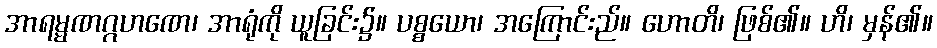
အာရမ္မဏဂ္ဂဟဏေ၊ အာရုံကို ယူခြင်း၌။ ပစ္စယော၊ အကြောင်းည်။ ဟောတိ၊ ဖြစ်၏။ ဟိ၊ မှန်၏။